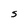
Character: S